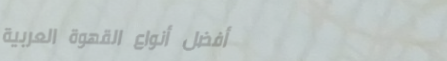
أفضل أنواع القهوة العربية